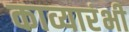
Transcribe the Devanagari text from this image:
काव्यारंभी